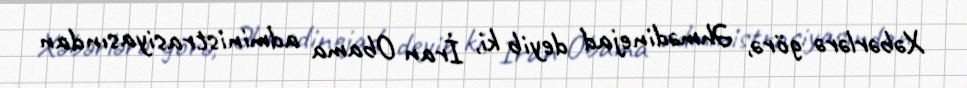
Xəbərlərə görə, Əhmədinejad deyib ki, İran Obama administrasiyasından